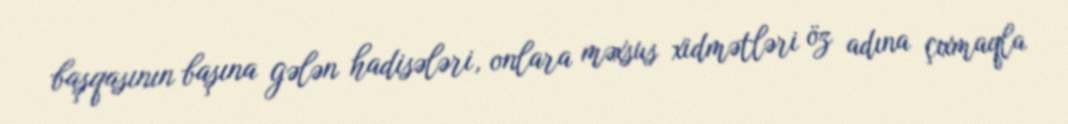
başqasının başına gələn hadisələri, onlara məxsus xidmətləri öz adına çıxmaqla